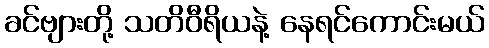
ခင်ဗျားတို့ သတိဝီရိယနဲ့ နေရင်ကောင်းမယ်